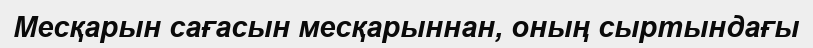
Месқарын сағасын месқарыннан, оның сыртындағы